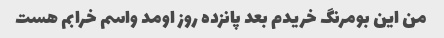
من این بومرنگ خریدم بعد پانزده روز اومد واسم خرابم هست